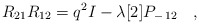
\begin{align*}R_{21} R_{12} = q^{2} I - \lambda [2] P_{-\,12} \quad,\end{align*}